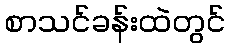
စာသင်ခန်းထဲတွင်